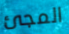
المجئ